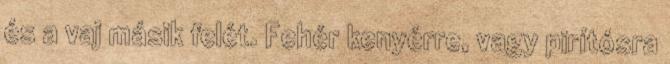
és a vaj másik felét. Fehér kenyérre, vagy pirítósra